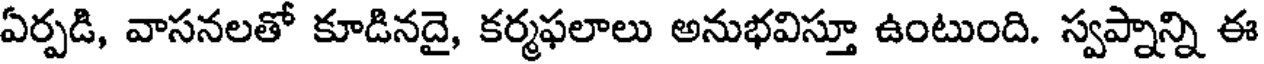
ఏర్పడి, వాసనలతో కూడినదై, కర్మఫలాలు అనుభవిస్తూ ఉంటుంది. స్వప్నాన్ని ఈ